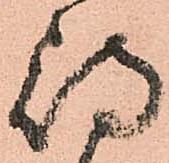
待